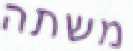
משתה